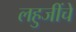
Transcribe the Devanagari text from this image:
लहुजींचे